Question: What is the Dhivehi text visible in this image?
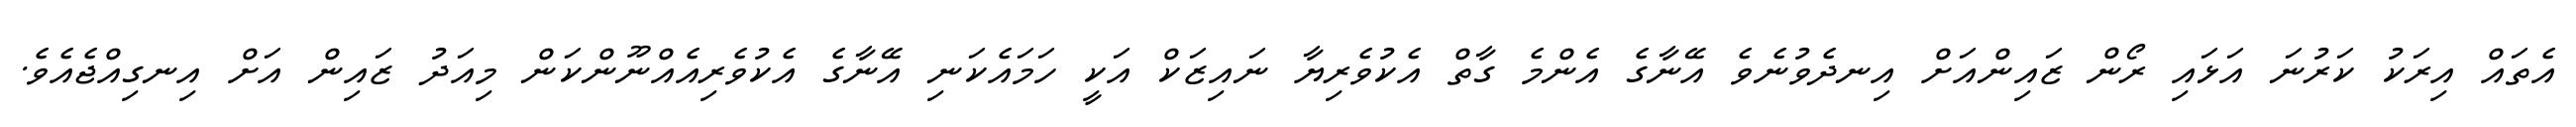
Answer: އެތައް އިރަކު ކަރުނަ އަޅައި ރޯން ޒައިންއަށް އިނދެވުނެވެ އޭނާގެ އެންމެ ގާތް އެކުވެރިޔާ ނައިޒަކް އަކީ ހަމައެކަނި އޭނާގެ އެކުވެރިއެއްނޫންކަން މިއަދު ޒައިން އަށް އިނގިއްޖެއެވެ.